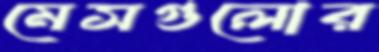
মেসগুলোর